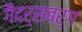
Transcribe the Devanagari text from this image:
गैदर्सबर्ग